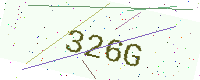
Text: 326G